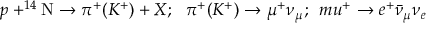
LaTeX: p + ^ { 1 4 } \mathrm { N } \rightarrow \pi ^ { + } ( K ^ { + } ) + X ; \ \ \pi ^ { + } ( K ^ { + } ) \rightarrow \mu ^ { + } \nu _ { \mu } ; \ \, m u ^ { + } \rightarrow e ^ { + } \bar { \nu } _ { \mu } \nu _ { e }